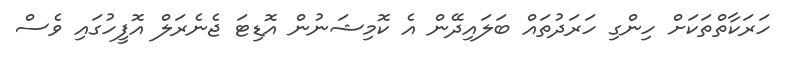
ހަރަކާތްތަކަށް ހިންގި ހަރަދުތައް ބަލައިދޭން އެ ކޮމިޝަނުން އޮޑިޓަ ޖެނެރަލް އޮފީހުގައި ވެސް